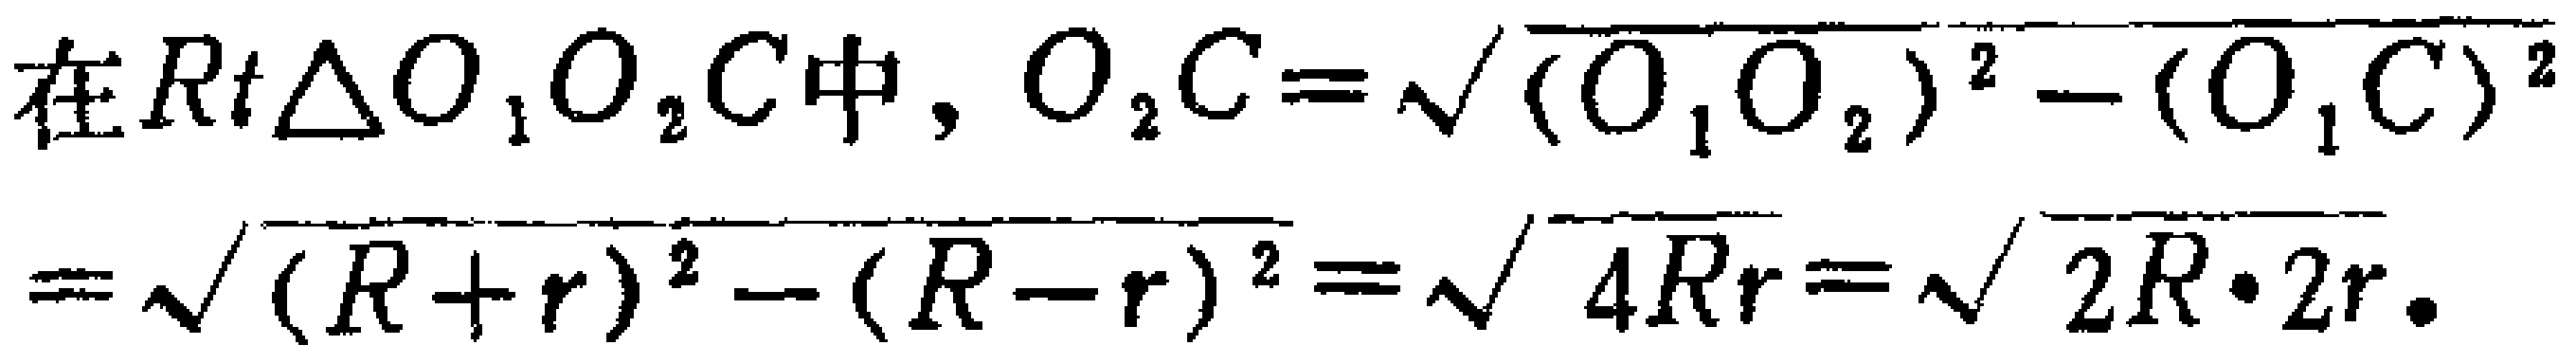
在\(Rt\triangle O_{1}O_{2}C\)中，\(O_{2}C = \sqrt{(O_{1}O_{2})^{2} - (O_{1}C)^{2}}\\=\sqrt{(R + r)^{2} - (R - r)^{2}} = \sqrt{4Rr} = \sqrt{2R\cdot 2r}\)。